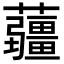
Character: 𧅁